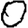
Digit: 0